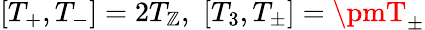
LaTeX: [T_{+},T_{-}]=2T_{\mathbb{Z}},\, \, [T_{3},T_{\pm}]=\pmT_{\pm}